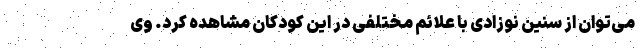
می‌توان از سنین نوزادی با علائم مختلفی در این کودکان مشاهده کرد. وی